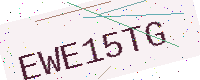
Text: EWE15TG